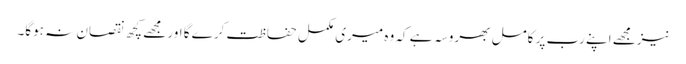
نیزمجھے اپنے رب پر کامل بھروسہ ہے کہ وہ میری مکمل حفاظت کرے گا اور مجھے کچھ نقصان نہ ہوگا۔